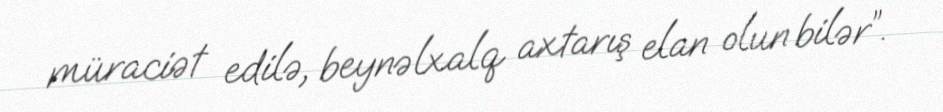
müraciət edilə, beynəlxalq axtarış elan olun bilər”.